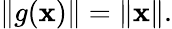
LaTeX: \| g(\mathbf{x})\| =\| \mathbf{x}\| .